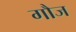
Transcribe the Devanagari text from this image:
गौज